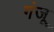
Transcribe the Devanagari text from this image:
गंजू